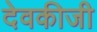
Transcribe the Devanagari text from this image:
देवकीजी